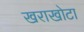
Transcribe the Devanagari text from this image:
खराखोटा